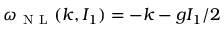
\omega _ { \mathrm { ~ N ~ L ~ } } ( k , I _ { 1 } ) = - k - g I _ { 1 } / 2